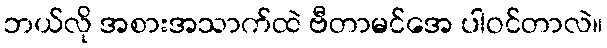
ဘယ်လို အစားအသာက်ထဲ ဗီတာမင်အေ ပါဝင်တာလဲ။